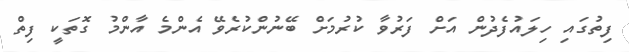
ފިތުގައި ހިލައުފެދުން އަށް ފަރުވާ ކުރުމަށް ބޭނުންކުރެވޭ އެންމެ އާންމު ގޮތަކީ ފިތް